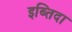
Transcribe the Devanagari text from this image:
इब्तिदा